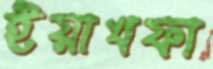
ইয়াখফা